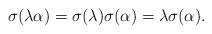
LaTeX: \begin{align*}\sigma(\lambda\alpha)=\sigma(\lambda)\sigma(\alpha)=\lambda\sigma(\alpha).\end{align*}